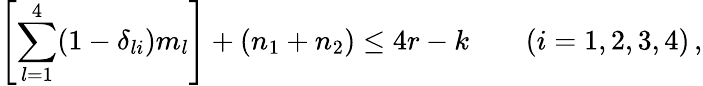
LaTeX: \left[\sum_{l=1}^{4}(1-\delta_{li})m_{l}\right]+(n_{1}+n_{2})\le 4r-k\qquad(i=1,2,3,4)\, ,